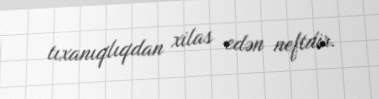
tıxanıqlıqdan xilas edən neftdir.